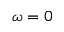
\omega = 0